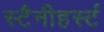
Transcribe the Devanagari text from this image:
स्टैनीहर्स्ट